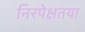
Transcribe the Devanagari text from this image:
निरपेक्षतया